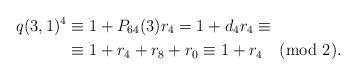
LaTeX: \begin{align*}q(3,1)^4&\equiv1+P_{64}(3)r_4=1+d_4r_4\equiv\\&\equiv1+r_4+r_8+r_0\equiv1+r_4\pmod{2}.\end{align*}